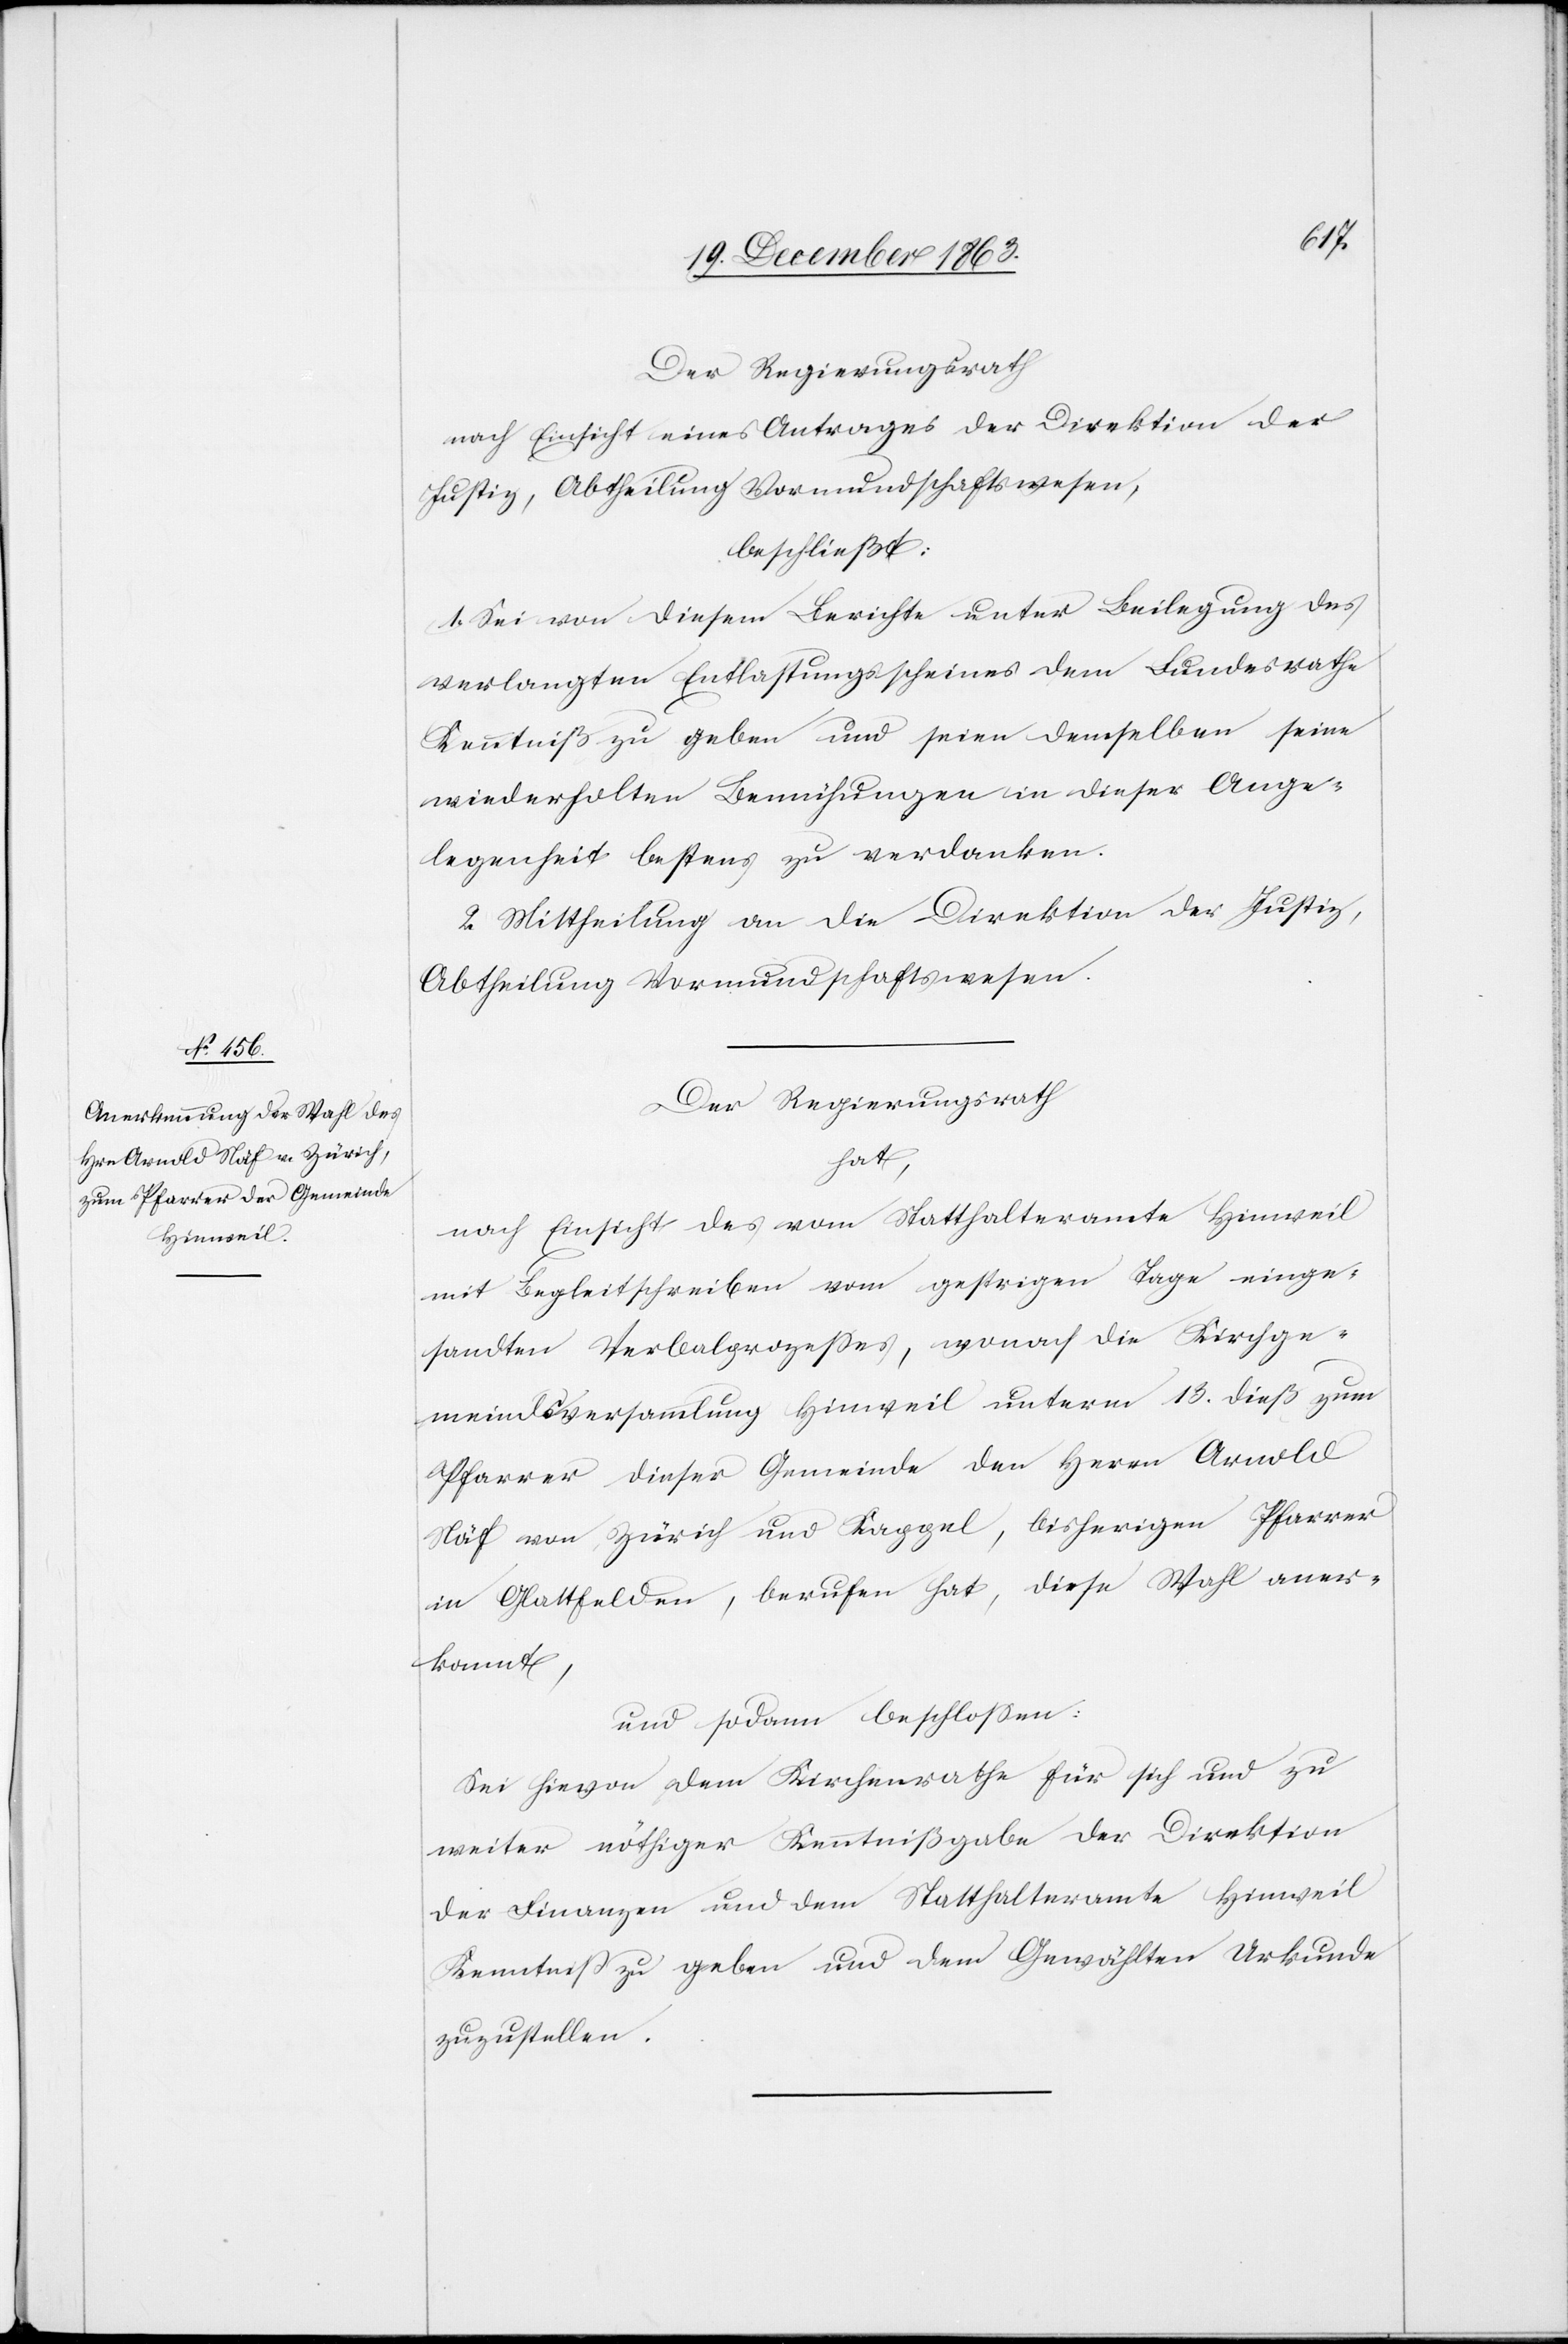
Der Regierungsrath
nach Einsicht eines Antrages der Direktion der
Justiz, Abtheilung Vormundschaftswesen,
beschließt:
1. Sei von diesem Berichte unter Beilegung des
verlangten Entlastungsscheines dem Bundesrathe
Kenntniß zu geben und seien demselben seine
wiederholten Bemühungen in dieser Ange¬
legenheit bestens zu verdanken.
2. Mittheilung an die Direktion der Justiz,
Abtheilung Vormundschaftswesen.
Der Regierungsrath
hat,
nach Einsicht des vom Statthalteramte Hinweil
mit Begleitschreiben vom gestrigen Tage einge¬
sandten Verbalprozesses, wonach die Kirchge¬
meindsversammlung Hinweil unterm 13. dieß zum
Pfarrer dieser Gemeinde den Herrn Arnold
Näf von Zürich und Kappel, bisherigen Pfarrer
in Glattfelden, berufen hat, diese Wahl aner¬
kannt,
und sodann beschlossen:
Sei hievon dem Kirchenrathe für sich und zu
weiter nöthiger Kenntnißgabe der Direktion
der Finanzen und dem Statthalteramte Hinweil
Kenntniss zu geben und dem Gewählten Urkunde
zuzustellen.